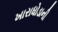
ખારાધોડાની